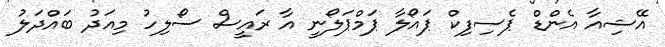
އޭޝިއާ އެންޑް ޕެސިފިކް ޕައޯލާ ޕަމްޕަލޯނީ އާ ރައީސް ސޯލިހު މިއަދު ބައްދަލު